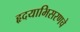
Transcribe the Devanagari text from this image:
हृदयाभिसरणचे